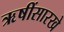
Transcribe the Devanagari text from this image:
ऋषींसारखे